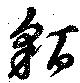
貊